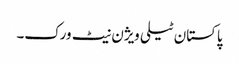
پاکستان ٹیلی ویژن نیٹ ورک۔